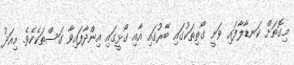
މިގޮތަށް ކަނޑާލާފައި ވަނީ ގޯތިތަކުގައި ބޭރުގައި އާއި ގޯޅީގައި އިންދާފައިވާ ގަސްތަކެކެވެ. މިއަދު